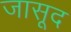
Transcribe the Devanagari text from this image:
जासूद